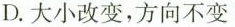
D.大小改变，方向不变